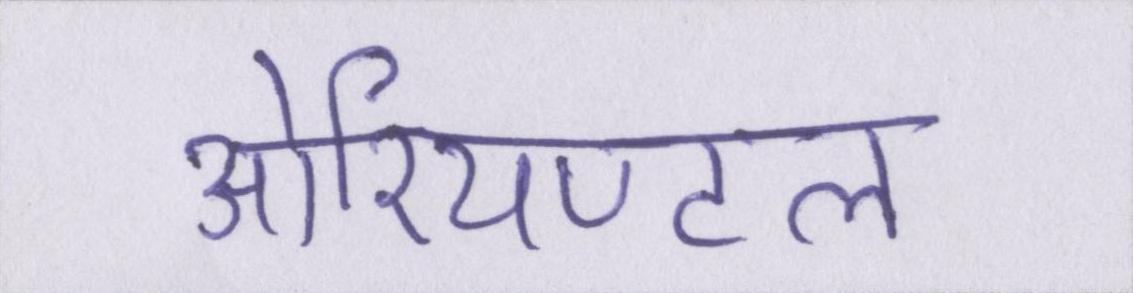
ओरियण्टल